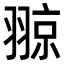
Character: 翞